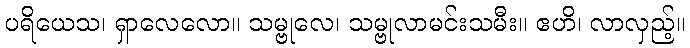
ပရိယေသ၊ ရှာလေလော။ သမ္ဗုလေ၊ သမ္ဗုလာမင်းသမီး။ ဧဟိ၊ လာလှည့်။